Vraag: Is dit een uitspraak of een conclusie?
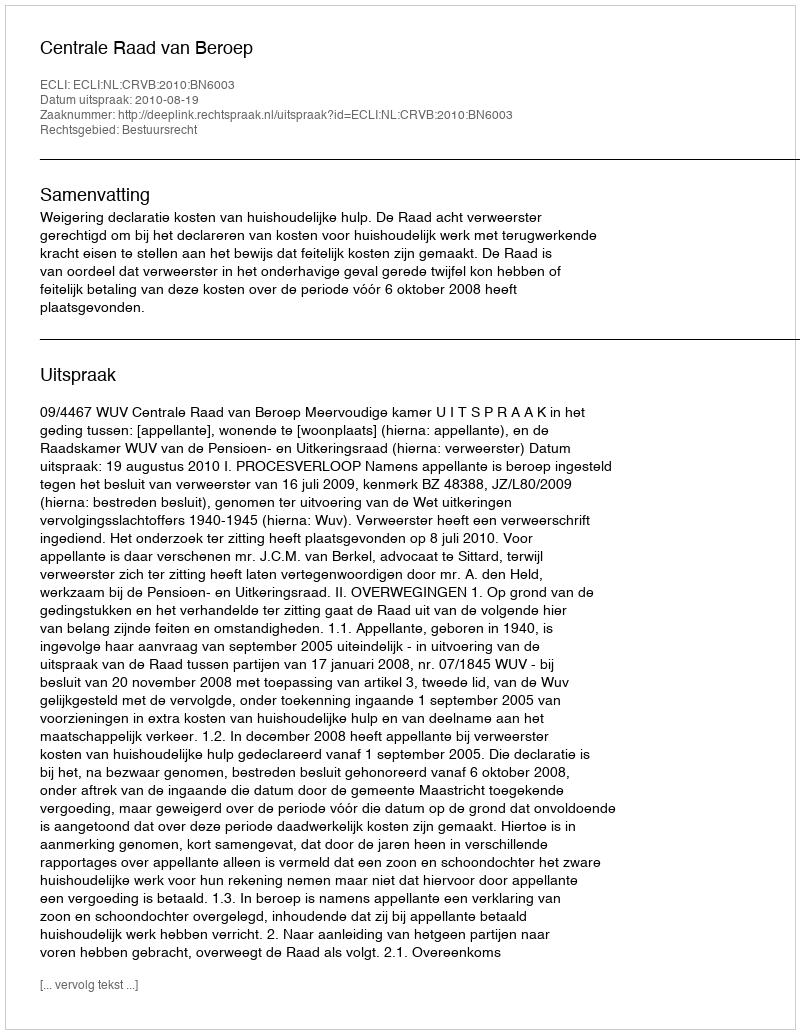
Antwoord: Uitspraak